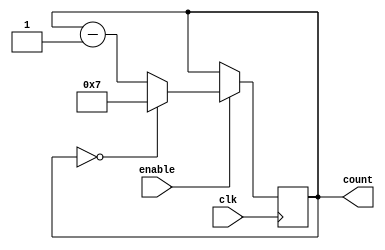
module ModuloN_Down_Counter (
    input wire clk,
    input wire enable,
    output reg [N-1:0] count
);

parameter N = 8; // specify the value of N here

always @(posedge clk) begin
    if (enable) begin
        if (count == 0) begin
            count <= N - 1;
        end else begin
            count <= count - 1;
        end
    end else begin
        count <= count;
    end
end

endmodule